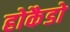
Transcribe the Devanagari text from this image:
होकैडो